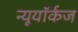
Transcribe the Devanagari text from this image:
न्यूयॉर्कज